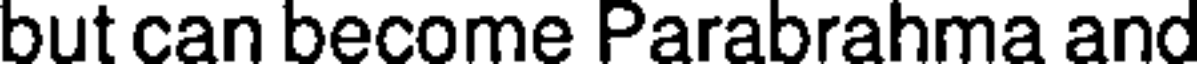
but can become Parabrahma and